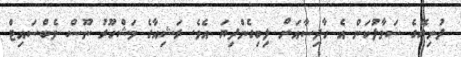
ދުނިޔޭގެ ސަމާލުކަން އެ ހާދިސާއަށް ލިބިގެންދިޔަ އެވެ. ރަޝިއާގެ މަޝްހޫރު ނޫސް ވެބްސައިޓް